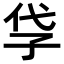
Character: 𡥖